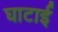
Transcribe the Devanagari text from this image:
घाटाई